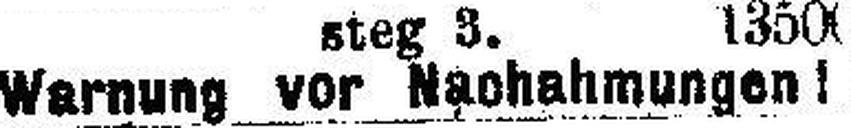
Warnung vor Nachahmungen !